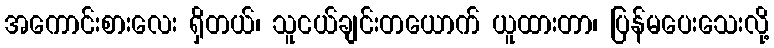
အကောင်းစားလေး ရှိတယ်၊ သူငယ်ချင်းတယောက် ယူထားတာ၊ ပြန်မပေးသေးလို့